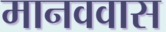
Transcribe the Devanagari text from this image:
मानववास